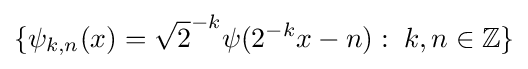
\{\psi _{k,n}(x)={\sqrt {2}}^{-k}\psi (2^{-k}x-n):\;k,n\in \mathbb {Z} \}